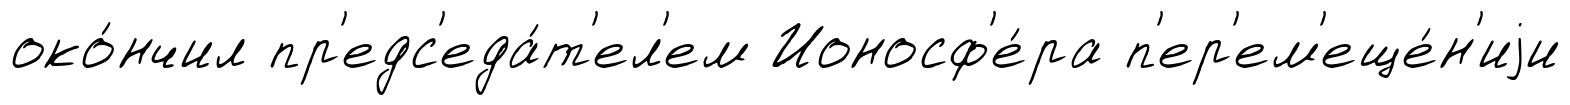
око́нчил пр'едс'еда́т'ел'ем Ионосф'е́ра п'ер'ем'еще́н'иjи